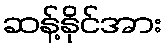
ဆန့်နိုင်အား